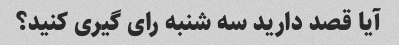
آیا قصد دارید سه شنبه رای گیری کنید؟